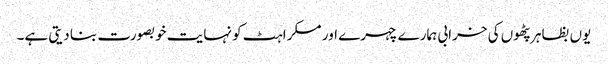
یوں بظاہر پٹھوں کی خرابی ہمارے چہرے اور مسکراہٹ کو نہایت خوبصورت بنا دیتی ہے۔